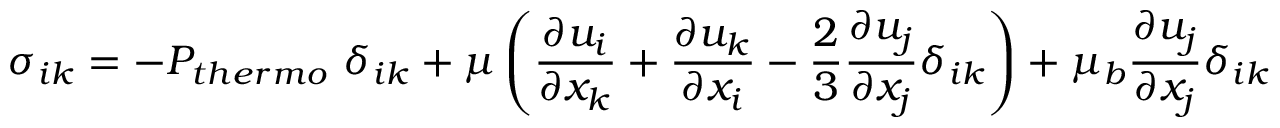
\sigma _ { i k } = - P _ { t h e r m o } ~ \delta _ { i k } + \mu \displaystyle \left( \frac { \partial u _ { i } } { \partial x _ { k } } + \frac { \partial u _ { k } } { \partial x _ { i } } - \frac { 2 } { 3 } \frac { \partial u _ { j } } { \partial x _ { j } } \delta _ { i k } \right) + \mu _ { b } \frac { \partial u _ { j } } { \partial x _ { j } } \delta _ { i k }